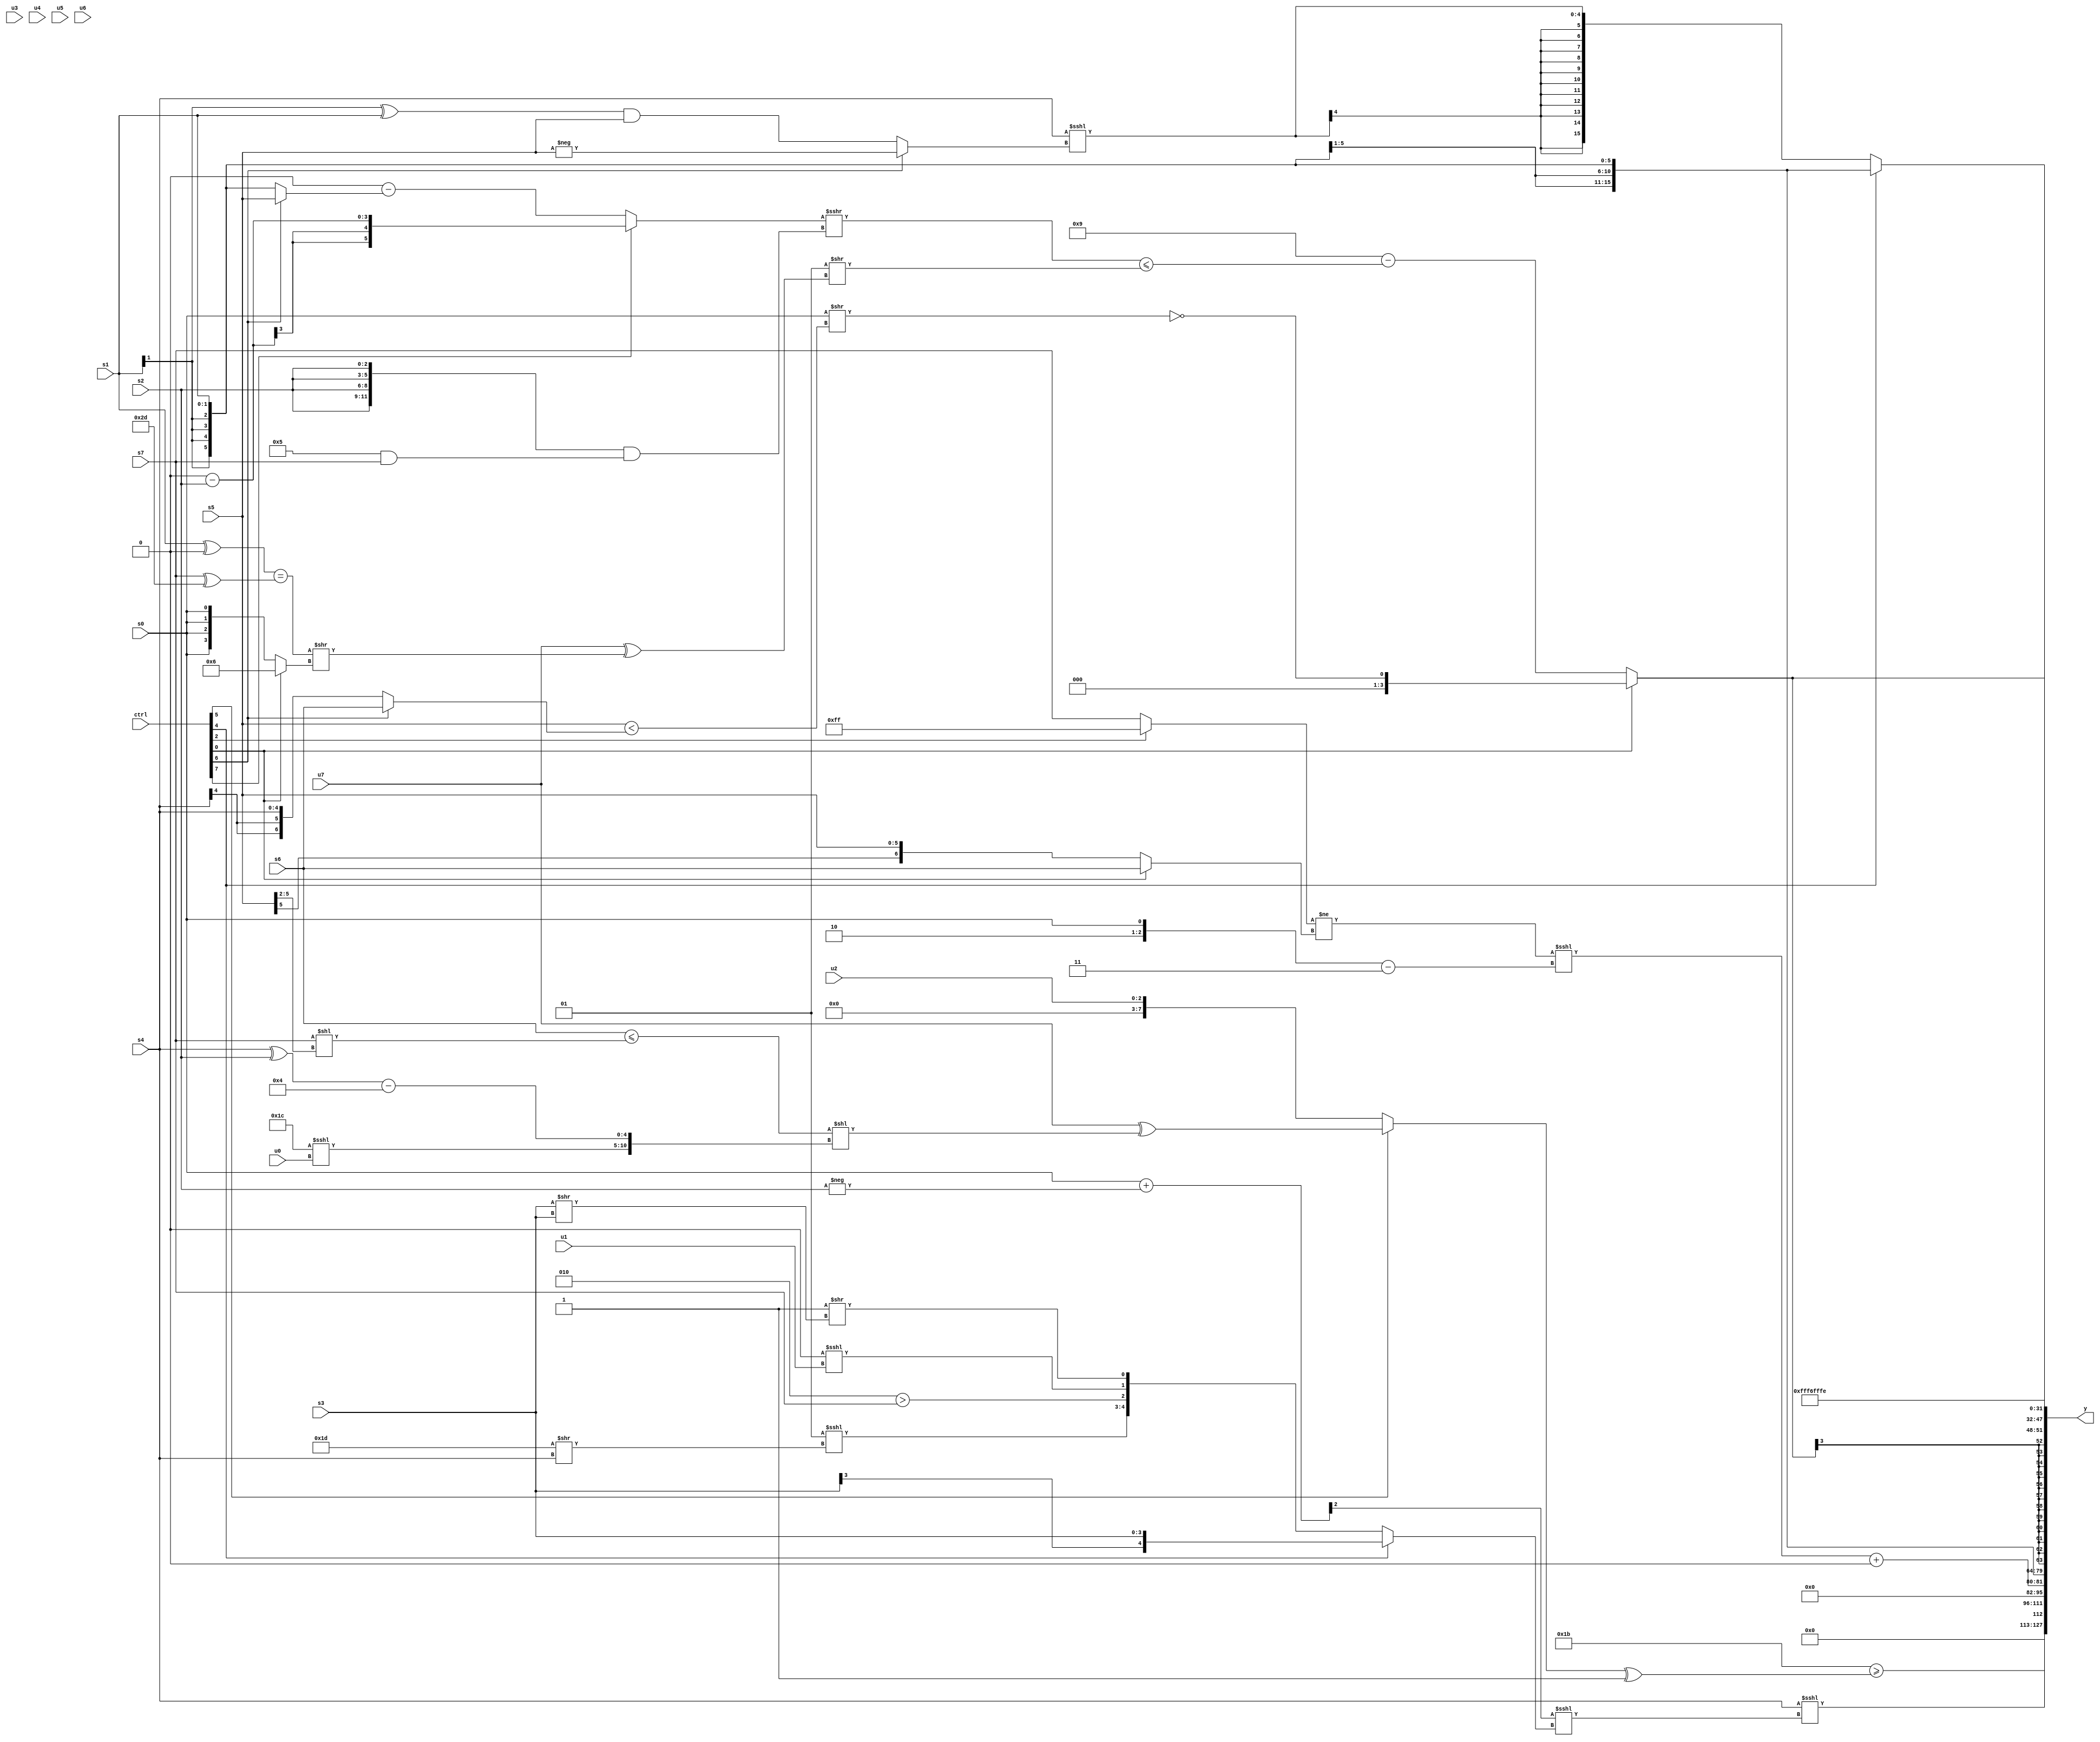
module wideexpr_00993(ctrl, u0, u1, u2, u3, u4, u5, u6, u7, s0, s1, s2, s3, s4, s5, s6, s7, y);
  input [7:0] ctrl;
  input [0:0] u0;
  input [1:0] u1;
  input [2:0] u2;
  input [3:0] u3;
  input [4:0] u4;
  input [5:0] u5;
  input [6:0] u6;
  input [7:0] u7;
  input signed [0:0] s0;
  input signed [1:0] s1;
  input signed [2:0] s2;
  input signed [3:0] s3;
  input signed [4:0] s4;
  input signed [5:0] s5;
  input signed [6:0] s6;
  input signed [7:0] s7;
  output [127:0] y;
  wire [15:0] y0;
  wire [15:0] y1;
  wire [15:0] y2;
  wire [15:0] y3;
  wire [15:0] y4;
  wire [15:0] y5;
  wire [15:0] y6;
  wire [15:0] y7;
  assign y = {y0,y1,y2,y3,y4,y5,y6,y7};
  assign y0 = ({2{3'b011}})>=(((ctrl[5]?(u7)^((((ctrl[1]?s6:s6))<=(($signed(s7))<<((s5)>>(2'sb10))))<<({($signed(6'b011100))<<<(u0),((s4)^(s2))-(-(3'sb100))})):u2))^(1'b1));
  assign y1 = (s4)<<<((($signed({(s0)+($signed(-(s2)))}))>>>({2{-($signed(3'sb011))}}))<<<($signed((ctrl[4]?s3:$signed({(2'sb01)<<<((5'b11101)>>(s4)),((6'sb000101)>>(2'b01))>($signed(s7)),((1'sb1)>>(3'b010))<<<(u1),(1'sb1)>>((s3)>>(s3))})))));
  assign y2 = (!(~^((((ctrl[2]?1'sb1:s7))!=((ctrl[0]?s6:s5)))<<<(({2'sb10,s0})-(2'sb11)))))+(4'b0000);
  assign y3 = s1;
  assign y4 = $signed((ctrl[0]?!((s0)>>((s5)<(+((ctrl[6]?s6:s4))))):(4'b1001)-((((ctrl[7]?(((3'sb111)>>(6'sb100111))<<<(5'sb10111))-(+(s2)):($signed((6'sb110100)<<(5'sb01011)))-($signed((ctrl[6]?s5:s1)))))>>>(($signed({4{s2}}))&((4'sb0101)&(s7))))<=(($signed($unsigned(-(3'sb111))))>>((u7)^((((s1)^(5'sb00000))==((s7)^(6'sb101101)))>>((ctrl[0]?$signed(4'b0110):+(s0)))))))));
  assign y5 = (ctrl[4]?s1:$signed((s4)<<<((ctrl[6]?$signed(-($unsigned(s5))):(((s1)>>>(1'b1))^(s1))&(s5)))));
  assign y6 = 5'sb10110;
  assign y7 = 6'sb111110;
endmodule